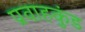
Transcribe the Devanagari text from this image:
प्रवाहकुंड